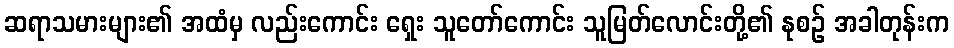
ဆရာသမားများ၏ အထံမှ လည်းကောင်း ရှေး သူတော်ကောင်း သူမြတ်လောင်းတို့၏ နုစဉ် အခါတုန်းက